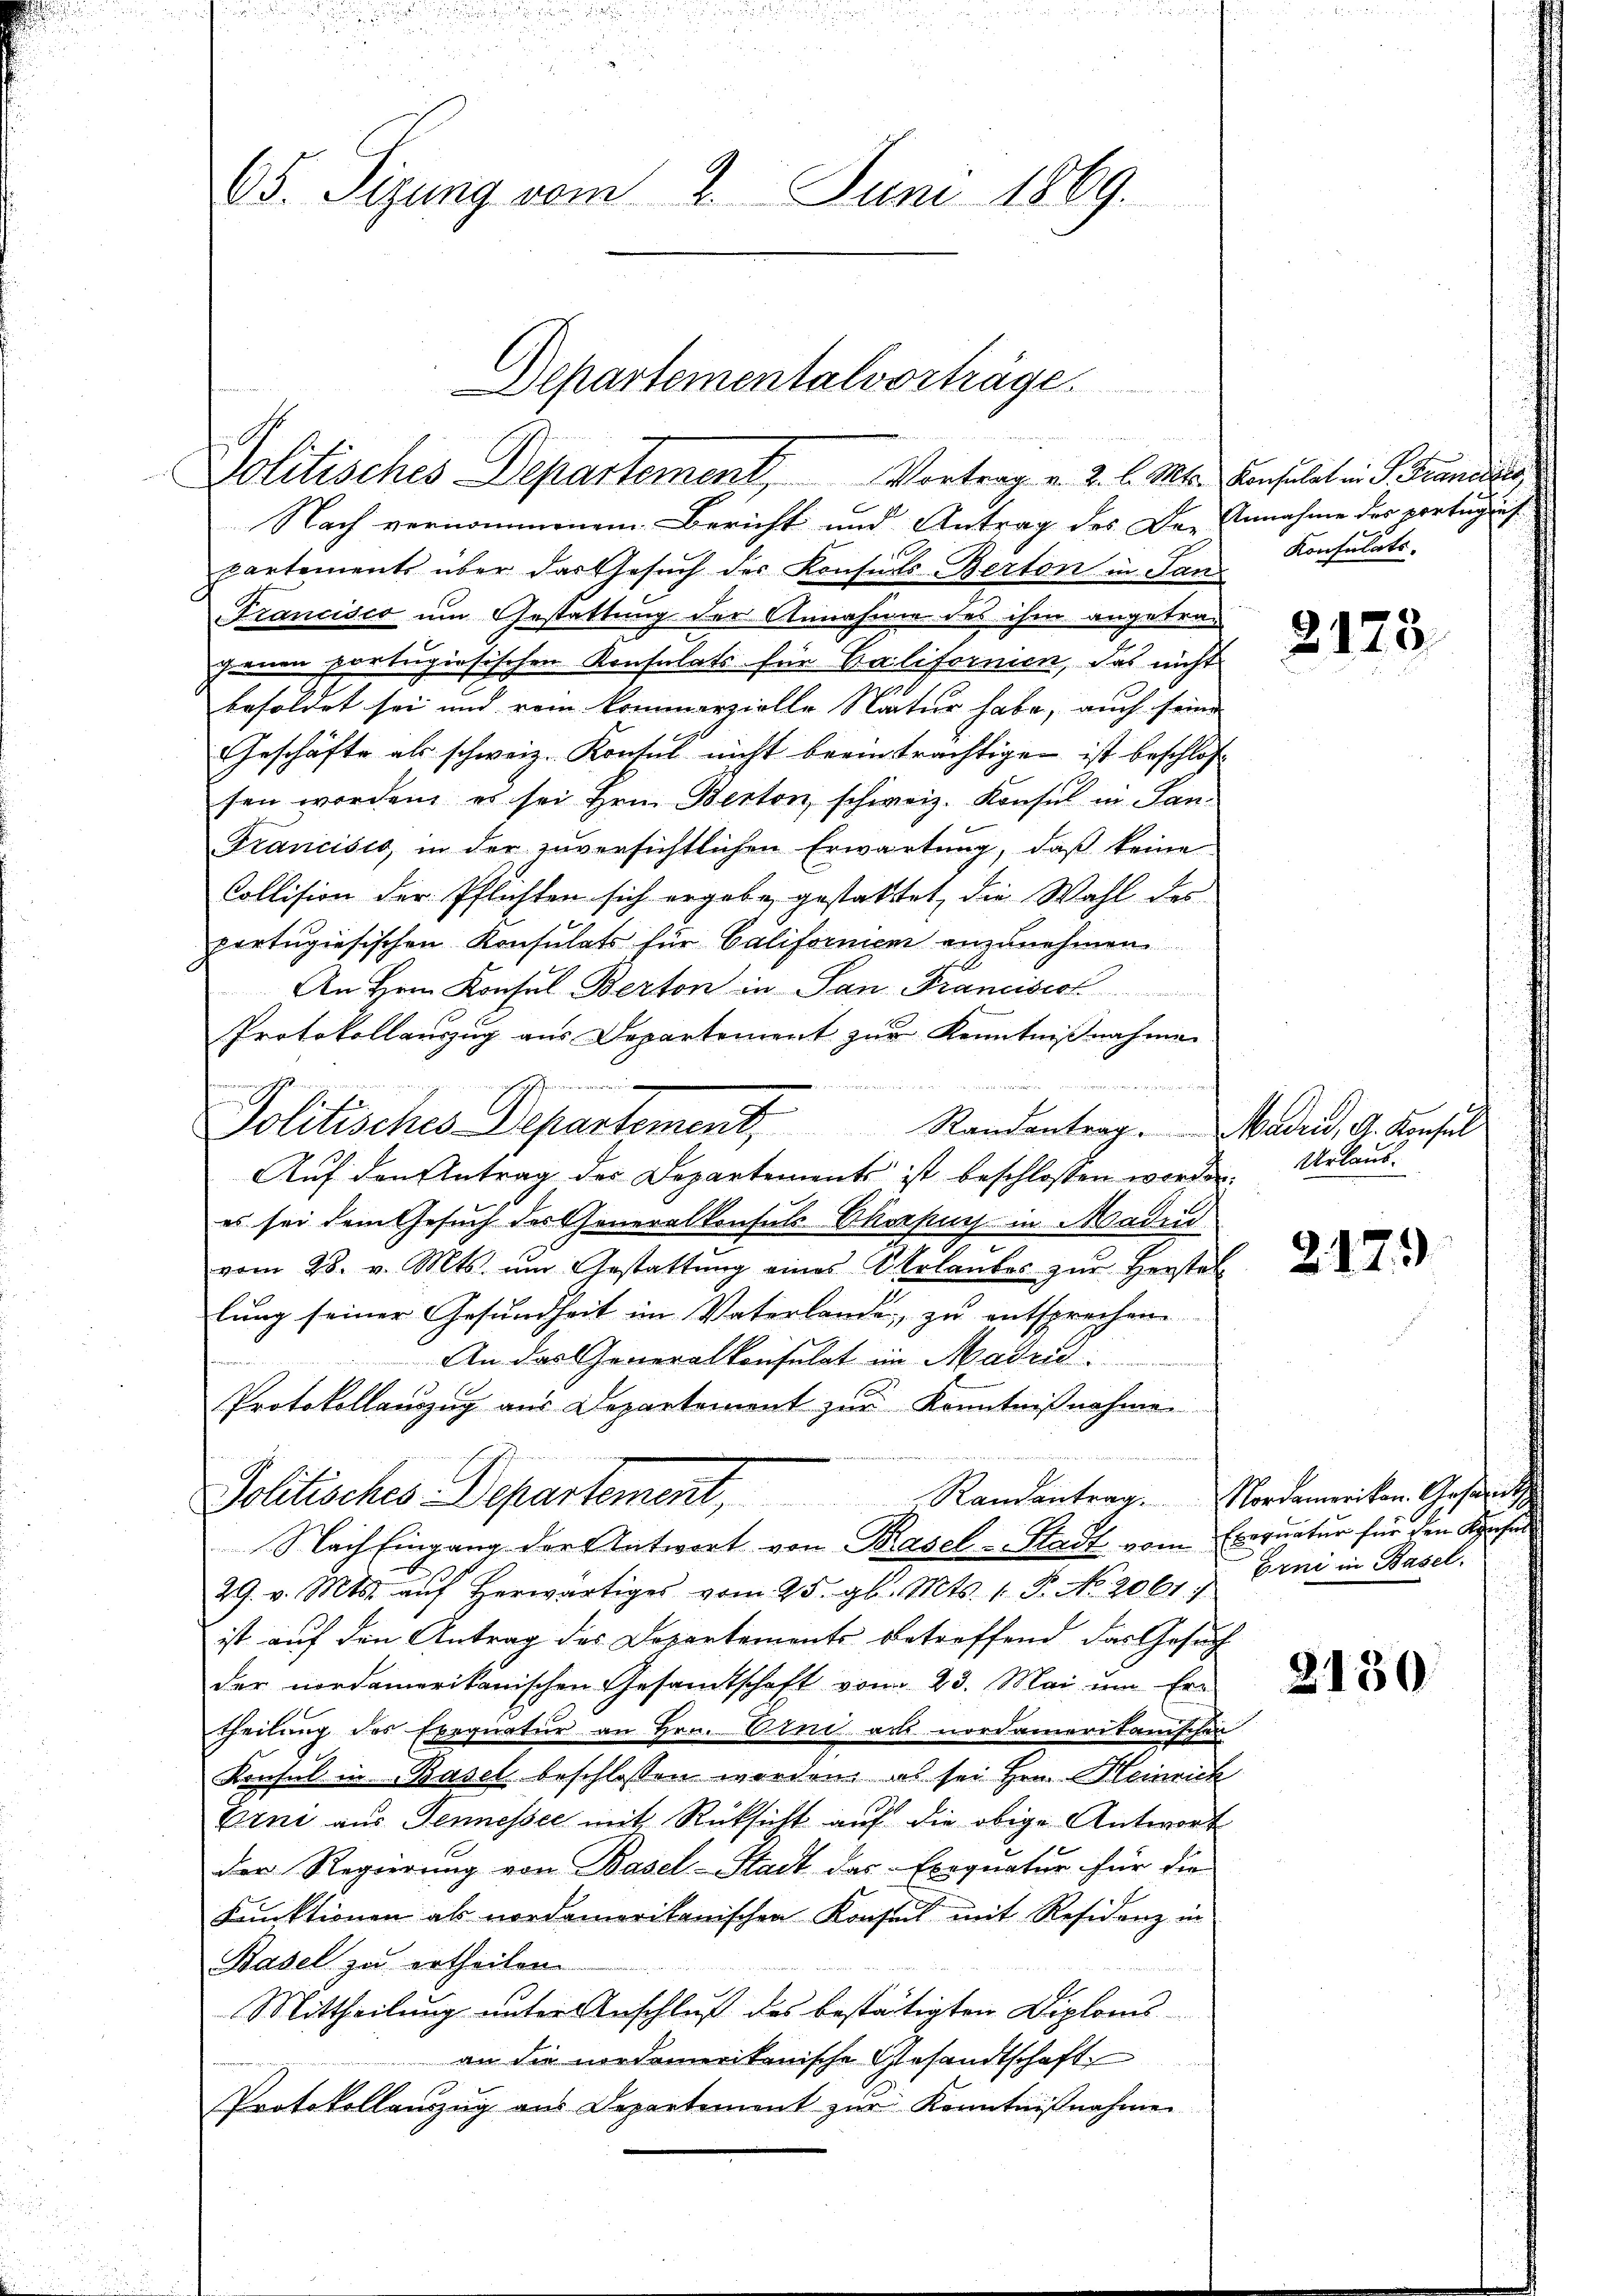
65. Sizung vom 2. Juni 1869.

Nach vernommenem Bericht und Antrag des Der Annahme des portugint
partements über das Gesuch der Konseits-Berton in San¬
Trancisco um Gestattung der Annahme des ihm angetra¬
Jenen portugiösischen Konsulats für Californien, das nicht
besoldet sei und rein kommerzielle Natur habe, auch seine
Geschäfte als schweiz. Konsul nicht beeinträchtigen ist beschlos
sen worden, es sei Hrn. Berton, schweiz. Konsul in San¬
Francisio, in der zŭversichtlichen Erwartung, daß keine
Collision der Pflichten sich ergabe gestattet, die Wahl des
pertugiesischen Konsulats für Californien anzunehmen
An Hrn Konsul Berton in San Francisio
Protokollauszug aus Departement zur Kenntnißnahme

Politisches Departement Randantrag .  Madrid, A. Konsul
Auf den Antrag der Departements ist beschlossen werden.
es sei dem Gesuch des Generalkonsuls Obersing in Madrid
vom 28. v. Mts. um Gestattŭng eines Urlaŭbes zŭr Herstel
lung seiner Gesundheit im Vaterlande, zu entsprechene
An das Generalkonsulat im Maden
Protokollauszug aus Departement zur Kenntnißnahme
esam
Politisches Departement, Randantrag. Nordameriten Gesinn,
Nach Eingang der Antwort von Basel-Stadt vom Exequatur für den Kirche
29. v. Mts. aŭf herwärtiges vom 25. gl. Mts. 1. P. No. 2061. 1
ist auf den Antrag des Departements betreffend das Gesuch
der nordamerikanischen Gesamtschaft vom 23. Mai um Ertheilung des Exequatur an Hrn. Und ad nordameritanischen
Konsul in Basel beschlossen worden, es sei Hrn. Heinrich
Erni aus Tennesser mit Rücksicht auf die obige Antwort
der Regierung von Basel-Stadt das Exequatur für die
Kunktionen als nordamerikanischen Konsul mit Residenz in
Basel zu ertheilen.
Mittheilung unter Anschluß des bestätigten Diploms
an die nordamerikanische Gesandtschaft
Protokollanzŭg ans Departement zŭr Kenntnißnahme

Departementalvorträge
Politisches Departement Vortrag v. 2. l. Mts. Consulat in P. Francier

Konsulats.

2173

Urlaub.

217

)

Erni in Basel.

2130